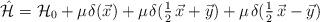
LaTeX: \begin{align*} \hat{\mathcal{H}}=\mathcal{H}_0+\mu\mspace{1.5mu}\delta(\vec{x})+\mu\mspace{1.5mu}\delta(\tfrac{1}{2}\,\vec{x}+\vec{y})+\mu\mspace{1.5mu}\delta(\tfrac{1}{2}\,\vec{x}-\vec{y})\end{align*}